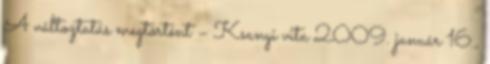
A változtatás megtörtént – Ksanyi vita 2009. január 16.,